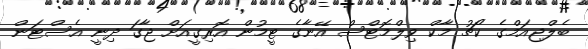
ބެލްޖިއަމްގެ ކޯޗު މާކް ވިލްމޮޓްސް އޭނާގެ ޓީމުން އޮރިގީއަށް ޖާގަ ދިނީ އެސްޓަން